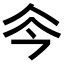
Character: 𠇏